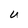
Character: U